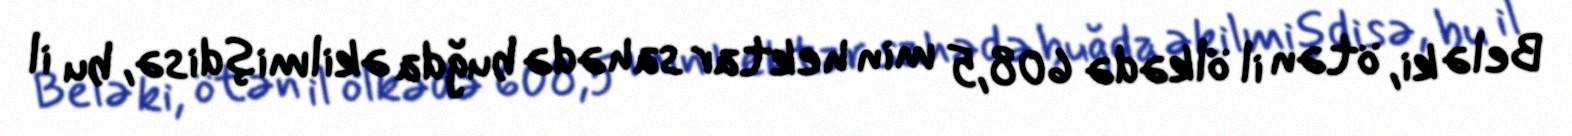
Belə ki, ötən il ölkədə 608,5 min hektar sahədə buğda əkilmişdisə, bu il